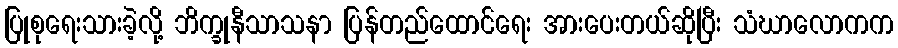
ပြုစုရေးသားခဲ့လို့ ဘိက္ခုနီသာသနာ ပြန်တည်ထောင်ရေး အားပေးတယ်ဆိုပြီး သံဃာလောကက